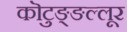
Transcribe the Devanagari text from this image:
कॊटुङ्ङल्लूर